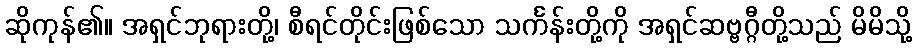
ဆိုကုန်၏။ အရှင်ဘုရားတို့၊ စီရင်တိုင်းဖြစ်သော သင်္ကန်းတို့ကို အရှင်ဆဗ္ဗဂ္ဂီတို့သည် မိမိသို့